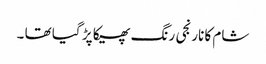
شام کا نارنجی رنگ پھیکا پڑ گیا تھا ۔